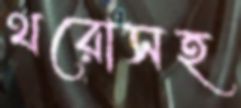
থরোসহ